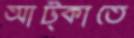
আট্‌কাতে